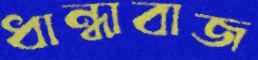
ধান্ধাবাজ